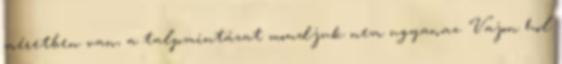
méretben van, a talpmintázat mondjuk nem ugyanaz. Vajon hol